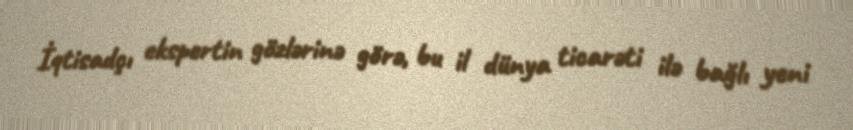
İqtisadçı ekspertin gözlərinə görə, bu il dünya ticarəti ilə bağlı yeni